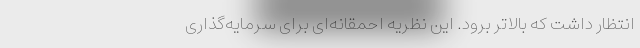
انتظار داشت که بالاتر برود. این نظریه احمقانه‌ای برای سرمایه‌گذاری